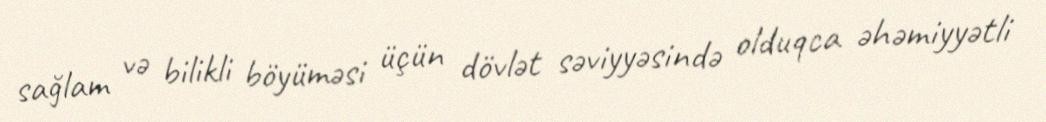
sağlam və bilikli böyüməsi üçün dövlət səviyyəsində olduqca əhəmiyyətli